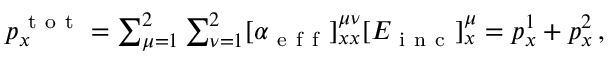
\begin{array} { r } { p _ { x } ^ { \mathrm { ~ t ~ o ~ t ~ } } = \sum _ { \mu = 1 } ^ { 2 } \sum _ { \nu = 1 } ^ { 2 } [ \alpha _ { \mathrm { ~ e ~ f ~ f ~ } } ] _ { x x } ^ { \mu \nu } [ E _ { \mathrm { ~ i ~ n ~ c ~ } } ] _ { x } ^ { \mu } = p _ { x } ^ { 1 } + p _ { x } ^ { 2 } \, , } \end{array}